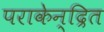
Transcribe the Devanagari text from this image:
पराकेन्द्रित